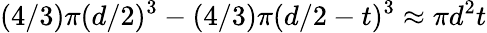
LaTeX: (4/3)\pi(d/2)^{3}-(4/3)\pi(d/2-t)^{3}\approx\pi d^{2}t